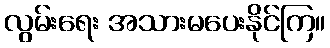
လွမ်းရေး အသားမပေးနိုင်ကြ။